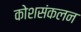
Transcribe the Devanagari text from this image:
कोशसंकलन